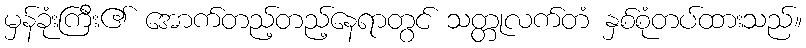
မှန်ခုံးကြီး၏ အောက်တည့်တည့်နေရာတွင် သတ္တုလက်တံ နှစ်စုံတပ်ထားသည်။